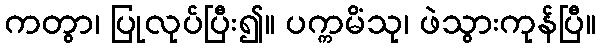
ကတွာ၊ ပြုလုပ်ပြီး၍။ ပက္ကမိံသု၊ ဖဲသွားကုန်ပြီ။